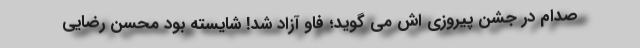
صدام در جشن پیروزی اش می گوید؛ فاو آزاد شد! شایسته بود محسن رضایی